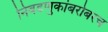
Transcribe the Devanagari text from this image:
निवडणुकांबरोबरच